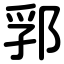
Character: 郛